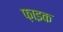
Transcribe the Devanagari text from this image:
फ़ाइक